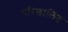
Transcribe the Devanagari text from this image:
परिछालित